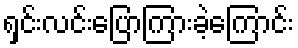
ရှင်းလင်းပြောကြားခဲ့ကြောင်း